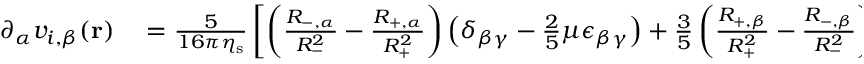
\begin{array} { r l } { \partial _ { \alpha } v _ { i , \beta } ( \mathbf { r } ) } & { { } = \frac { 5 } { 1 6 \pi \eta _ { \mathrm { s } } } \left[ \left( \frac { R _ { - , \alpha } } { R _ { - } ^ { 2 } } - \frac { R _ { + , \alpha } } { R _ { + } ^ { 2 } } \right) \left( \delta _ { \beta \gamma } - \frac { 2 } { 5 } \mu \epsilon _ { \beta \gamma } \right) + \frac { 3 } { 5 } \left( \frac { R _ { + , \beta } } { R _ { + } ^ { 2 } } - \frac { R _ { - , \beta } } { R _ { - } ^ { 2 } } \right) \delta _ { \alpha \gamma } \right. } \end{array}